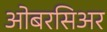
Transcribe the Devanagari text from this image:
ओबरसिअर